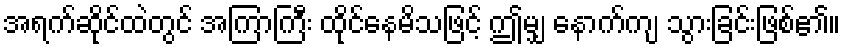
အရက်ဆိုင်ထဲတွင် အကြာကြီး ထိုင်နေမိသဖြင့် ဤမျှ နောက်ကျ သွားခြင်းဖြစ်၏။